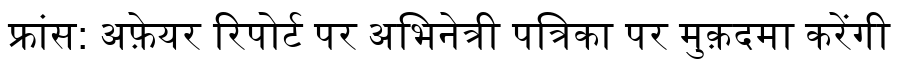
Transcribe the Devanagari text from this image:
फ्रांस: अफ़ेयर रिपोर्ट पर अभिनेत्री पत्रिका पर मुक़दमा करेंगी